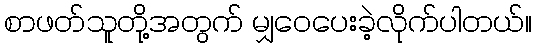
စာဖတ်သူတို့အတွက် မျှဝေပေးခဲ့လိုက်ပါတယ်။